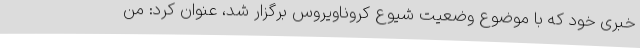
خبری خود که با موضوع وضعیت شیوع کروناویروس برگزار شد، عنوان کرد: من